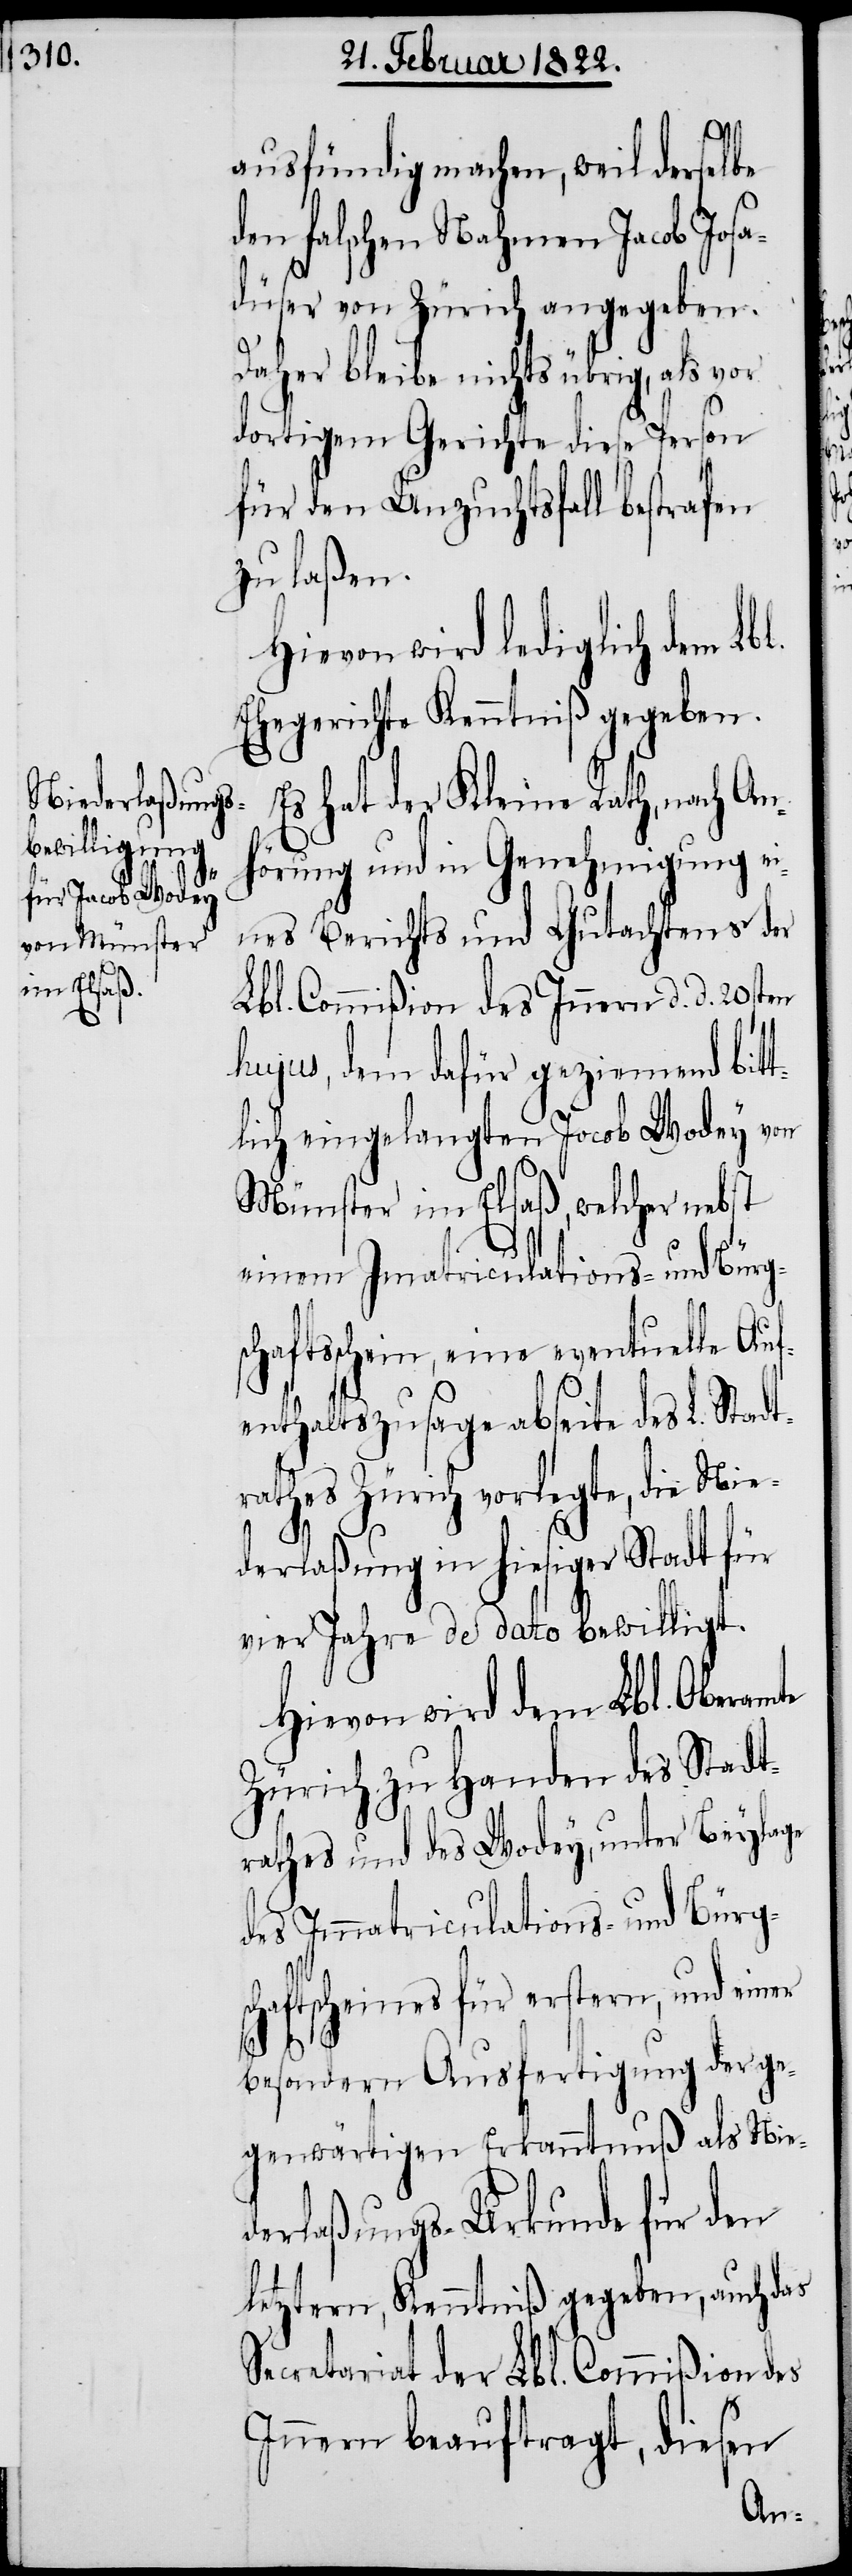
ausfündig machen, weil derselbe
den falschen Nahmen Jacob Josa¬
düser von Zürich angegeben.
Daher bleibe nichts übrig, als vor
dortigem Gerichte diese Person
für den Unzuchtsfall bestrafen
zu laßen.
Hievon wird lediglich dem Lb¬
Ehegerichte Kenntniß gegeben.
Es hat der Kleine Rath, nach An¬
hörung und in Genehmigung e¬
ines Berichts und Gutachtens der
Lbl. Commißion des Innern d. d. 20sten
hujus, dem dafür geziemend bit¬
tlich eingelangten Jacob Wodey von
Münster im Elsaß, welcher nebst
einem Imatriculations- und Bürgs¬
chaftsscheine, eine eventuelle Auf¬
enthaltszusage abseite des L. Stadt¬
rathes Zürich vorlegte, die Nie¬
scha¬
l.
derlaßung in hiesiger Stadt für
vier Jahre de dato bewilligt.
Hievon wird dem Lbl. Oberamte
Zürich zu Handen des Stadt¬
rathes und des Wodey, unter Beylage
des Immatriculations- und Bürg¬
ftsscheines für erstern, und einer
besondern Ausfertigung der ge¬
genwärtigen Erkanntnuß als Nie¬
derlaßungs-Urkunde für den
letztern, Kenntniß gegeben, auch das
Secretariat der Lbl. Commißion des
Innern beauftragt, diesen